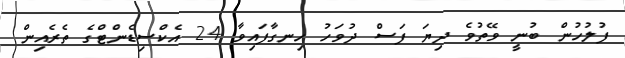
ފުލުހުން ބުނީ ވޭތުވެ ދިޔަ ފަސް ދުވަހު ހިނގާފައިވާ 24 އެކްސިޑެންޓްގެ ތެރެއިން